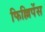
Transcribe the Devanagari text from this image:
फिल्लिपेंस